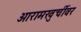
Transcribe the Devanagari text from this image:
आरामखुर्चीवर